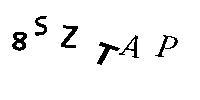
8SZTAP